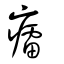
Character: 癗